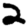
Digit: 2